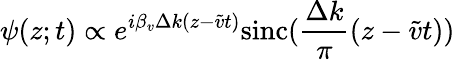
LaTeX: \psi(z;t)\propto e^{i\beta_{v}\Delta k(z-\widetilde{v}t)}\mathrm{sinc}(\frac{\Delta k}{\pi}(z-\widetilde{v}t))